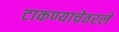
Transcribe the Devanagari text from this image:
टाकण्याचेठरले